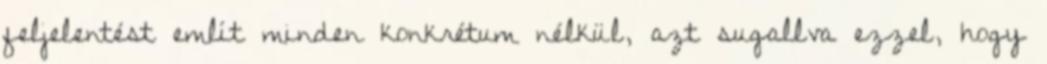
feljelentést említ minden konkrétum nélkül, azt sugallva ezzel, hogy